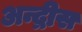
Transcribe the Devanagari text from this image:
अन्द्रीस